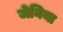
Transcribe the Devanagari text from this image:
जेनिया